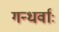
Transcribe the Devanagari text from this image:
गन्धर्वाः